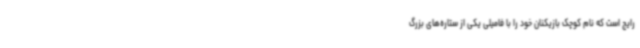
رایج است که نام کوچک بازیکنان خود را با فامیلی یکی از ستاره‌های بزرگ